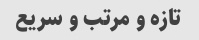
تازه و مرتب و سریع